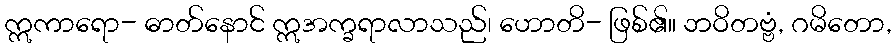
ဣကာရော- ဓာတ်နောင် ဣအက္ခရာလာသည်၊ ဟောတိ- ဖြစ်၏။ ဘဝိတဗ္ဗံ, ဂမိတော,